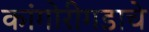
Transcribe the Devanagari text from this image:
कांगोरीगडाचे